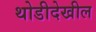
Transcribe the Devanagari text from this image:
थोडीदेखील